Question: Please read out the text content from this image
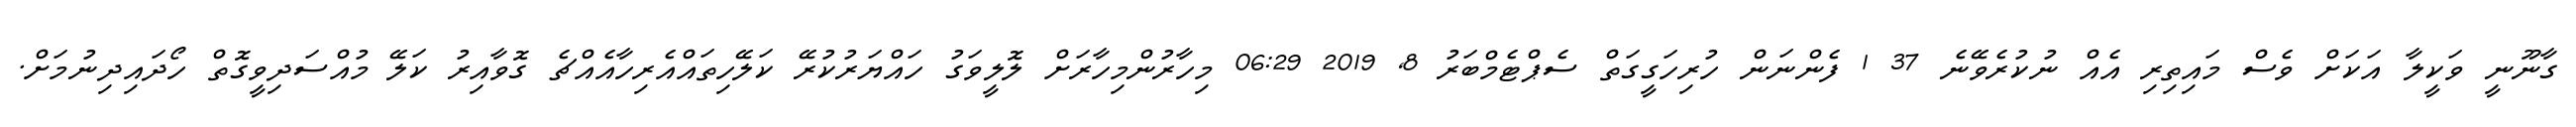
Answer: ގާނޫނީ ވަކީލާ އަކަށް ވެސް މައިތިރި އެއް ނުކުރެވޭނެ 37 1 ފެންނަން ހުރިހަގީގަތް ސެޕްޓެމްބަރު 8, 2019 06:29 މިހާރުންމިހާރަށް ލޮލީވަގު ހައްޔަރުކުރޭ ކަލޭހިތައްއެރިހާއެއްޗެ ގޮވާއިރު ކަލޭ މުއްސަދިވީގޮތް ހޯދައިދިނުމަށް.